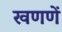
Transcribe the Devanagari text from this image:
खणणें